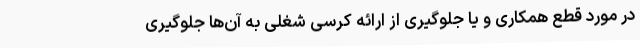
در مورد قطع همکاری و یا جلوگیری از ارائه کرسی شغلی به آن‌ها جلوگیری